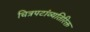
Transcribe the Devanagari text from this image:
चित्रपटांव्यतिरिक्त